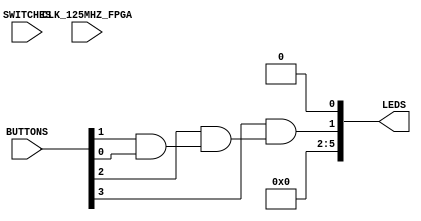
module z1top(
  input CLK_125MHZ_FPGA,
  input [3:0] BUTTONS,
  input [1:0] SWITCHES,
  output [5:0] LEDS
);

  wire a, b;

  and(a, BUTTONS[1], BUTTONS[0]);
  and(b, BUTTONS[2], a);
  and(LEDS[1], BUTTONS[3], b);
  assign LEDS[5:2] = 0;
  assign LEDS[0] = 0;
endmodule